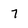
Character: 7